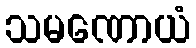
သမဏောယံ